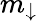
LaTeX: m_{\downarrow}